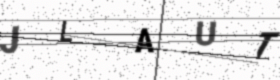
Text: JLAUT